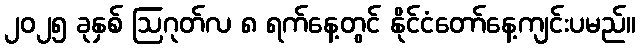
၂၀၂၅ ခုနှစ် ဩဂုတ်လ ၈ ရက်နေ့တွင် နိုင်ငံတော်နေ့ကျင်းပမည်။